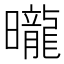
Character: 曨